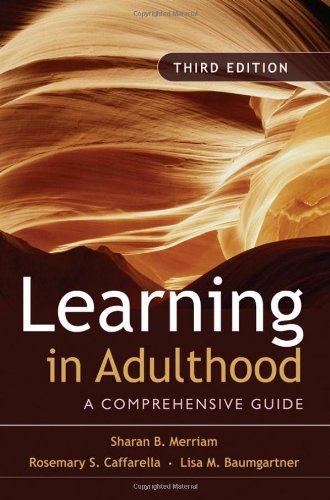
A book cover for Learning in Adulthood: A Comprehensive Guide; Sharan B. Merriam; Education & Teaching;